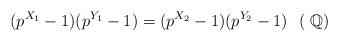
LaTeX: \begin{align*}(p^{X_{1}}-1)(p^{Y_{1}}-1)=(p^{X_{2}}-1)(p^{Y_{2}}-1)\ \ (\ \mathbb{Q})\end{align*}